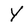
Character: Y